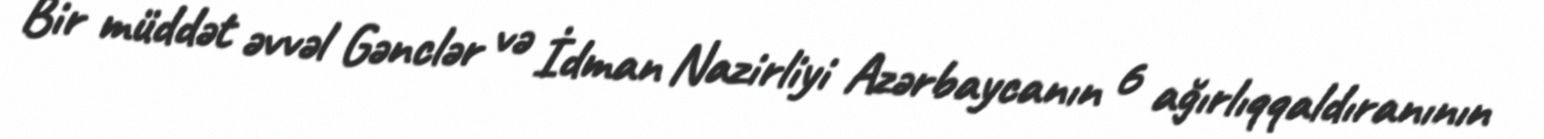
Bir müddət əvvəl Gənclər və İdman Nazirliyi Azərbaycanın 6 ağırlıqqaldıranının